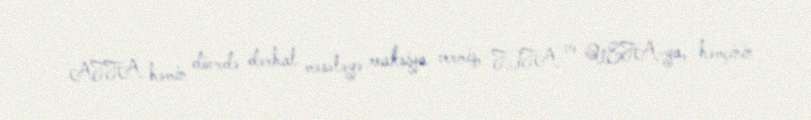
AFFA həmin dövrdə dərhal məsələyə reaksiya vermiş, FIFA və UEFA-ya, həmçinin